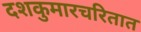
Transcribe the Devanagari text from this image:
दशकुमारचरितात